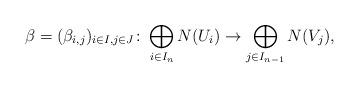
LaTeX: \begin{align*} \beta = (\beta _{i,j})_{i\in I, j \in J} \colon \bigoplus_{i \in I_n} N(U_i) \to \bigoplus_{j \in I_{n-1}} N(V_j), \end{align*}